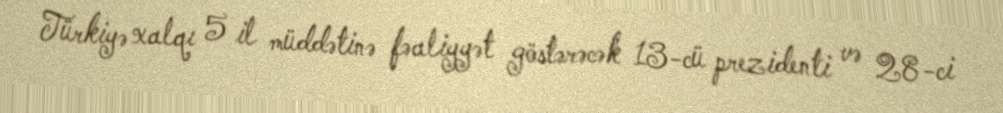
Türkiyə xalqı 5 il müddətinə fəaliyyət göstərəcək 13-cü prezidenti və 28-ci